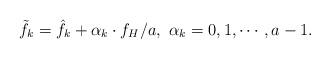
LaTeX: \begin{align*} {\tilde f_k} = {{{\hat f}_k} + \alpha_{k} \cdot {f_H}}/a,~\alpha_{k} = 0,1, \cdots ,a - 1.\end{align*}